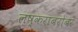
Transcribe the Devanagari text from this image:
लष्कराबरोबर